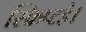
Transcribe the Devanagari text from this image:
स्क्रिप्टहै।